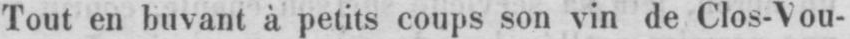
Tout en buvant à petits coups son vin de Clos-Vou-